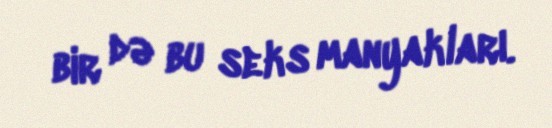
bir də bu seks manyakları.